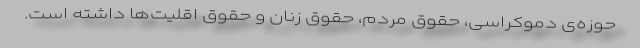
حوزه‌ی دموکراسی، حقوق مردم، حقوق زنان و حقوق اقلیت‌ها داشته است.